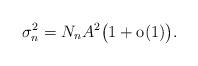
LaTeX: \begin{align*}\sigma_n^2 = N_n A^2 \bigl(1 +\mathrm{o}(1)\bigr).\end{align*}